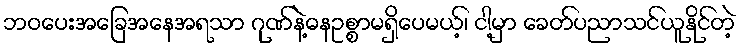
ဘဝပေးအခြေအနေအရသာ ဂုဏ်နဲ့ဓနဥစ္စာမရှိပေမယ့်၊ ငါ့မှာ ခေတ်ပညာသင်ယူနိုင်တဲ့